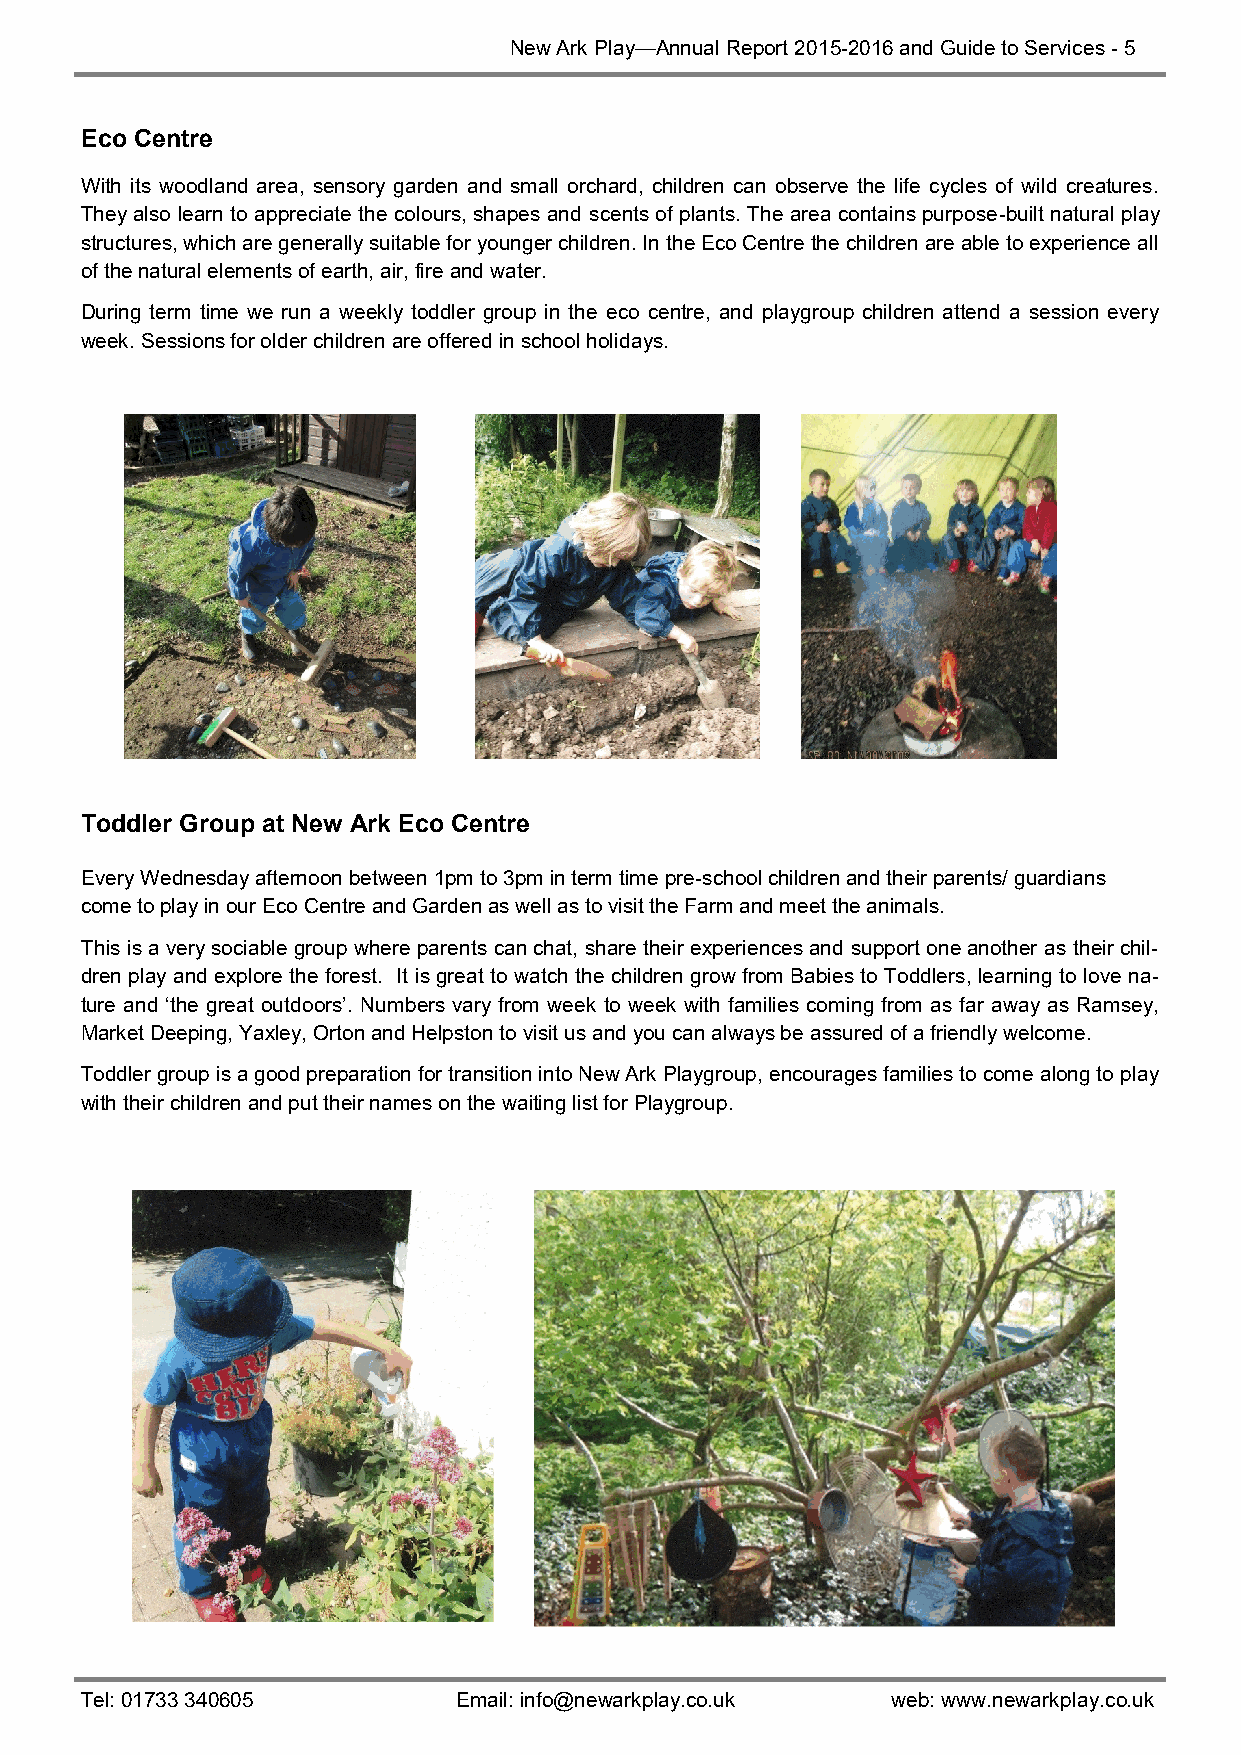
New Ark Play—Annual Report 2015-2016 and Guide to Services - 5
 Eco Centre
 With its woodland area, sensory garden and small orchard, children can observe the life cycles of wild creatures.
 They also learn to appreciate the colours, shapes and scents of plants. The area contains purpose-built natural play
 structures, which are generally suitable for younger children. In the Eco Centre the children are able to experience all
 of the natural elements of earth, air, fire and water.
 During term time we run a weekly toddler group in the eco centre, and playgroup children attend a session every
 week. Sessions for older children are offered in school holidays.
 Toddler Group at New Ark Eco Centre
 Every Wednesday afternoon between 1pm to 3pm in term time pre-school children and their parents/ guardians
 come to play in our Eco Centre and Garden as well as to visit the Farm and meet the animals.
 This is a very sociable group where parents can chat, share their experiences and support one another as their chil-
 dren play and explore the forest. It is great to watch the children grow from Babies to Toddlers, learning to love na-
 ture and ‘the great outdoors’. Numbers vary from week to week with families coming from as far away as Ramsey,
 Market Deeping, Yaxley, Orton and Helpston to visit us and you can always be assured of a friendly welcome.
 Toddler group is a good preparation for transition into New Ark Playgroup, encourages families to come along to play
 with their children and put their names on the waiting list for Playgroup.
 Tel: 01733 340605        Email: info@newarkplay.co.uk web: www.newarkplay.co.uk